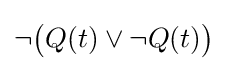
\neg {\big (}Q(t)\lor \neg Q(t){\big )}